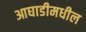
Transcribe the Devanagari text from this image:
आघाडीमधील